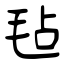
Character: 毡